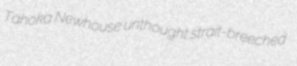
Tahoka Newhouse unthought strait-breeched